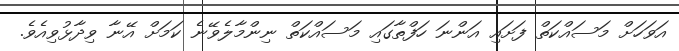
އަވަހަށް މަސައްކަތް ފަށައި އަންނަ ހަފްތާގައި މަސައްކަތް ނިންމާލެވޭނެ ކަމަށް އޭނާ ވިދާޅުވިއެވެ.